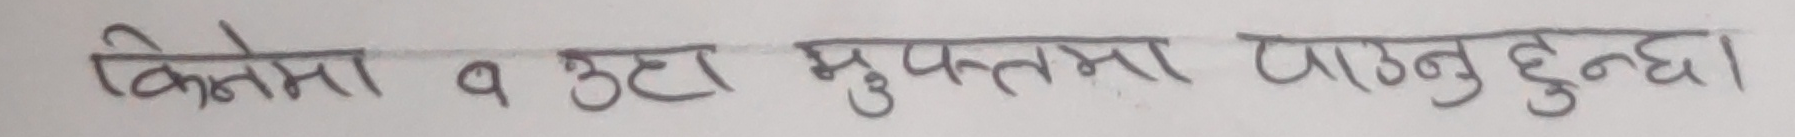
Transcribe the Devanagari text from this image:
किस्ता १ उठा मुफ्तमा पाउनुहुन ्छा